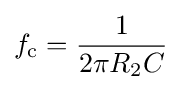
f_{\text{c}}={\frac {1}{2\pi R_{2}C}}